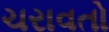
ચરાવતો